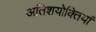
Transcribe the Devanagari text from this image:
अतिशयोक्तियां